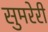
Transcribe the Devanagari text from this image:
सुमरेरी